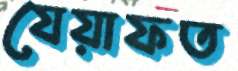
যেয়াফত